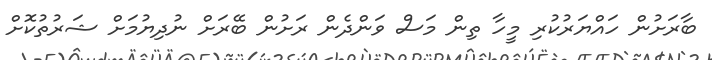
ބާރަށުން ހައްޔަރުކުރި މީހާ ތިން މަސް ވަންދެން ރަށުން ބޭރަށް ނުދިޔުމަށް ޝަރުތުކޮށް